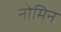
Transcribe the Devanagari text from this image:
नोमिन